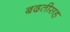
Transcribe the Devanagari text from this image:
बढतीसह